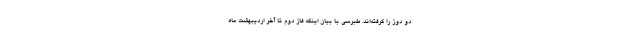
دو دوز را گرفته‌اند. طبرسی با بیان اینکه فاز دوم تا آخر اردیبهشت ماه